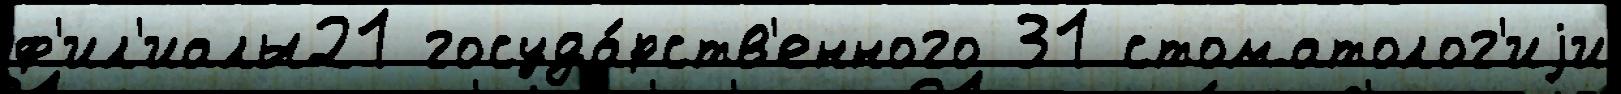
ф'ил'иалы21 госуда́рств'енного 31 стоматолог'иjи